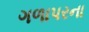
ગળાપરના